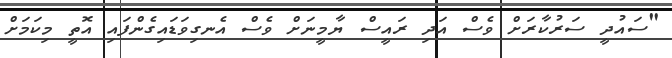
"ސައުދީ ސަރުކާރަށް ވެސް އަދި ރައީސް ޔާމީނަށް ވެސް އެނގިވަޑައިގެންފައި އޮތީ މިކަމަށް